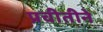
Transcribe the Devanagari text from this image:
प्रचीतीने